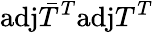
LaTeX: \mathrm{adj}\bar{T}^{T}\mathrm{adj}T^{T}